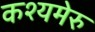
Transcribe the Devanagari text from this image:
कश्यमेरु